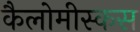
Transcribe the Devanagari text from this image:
कैलोमीस्कस